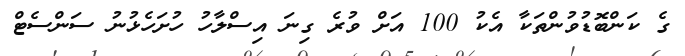
ގެ ކަންބޮޑުވުންތަކާ އެކު 100 އަށް ވުރެ ގިނަ އިސްލާހު ހުށަހެޅުނު ސަންސެޓް